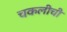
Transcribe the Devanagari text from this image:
चकलीची